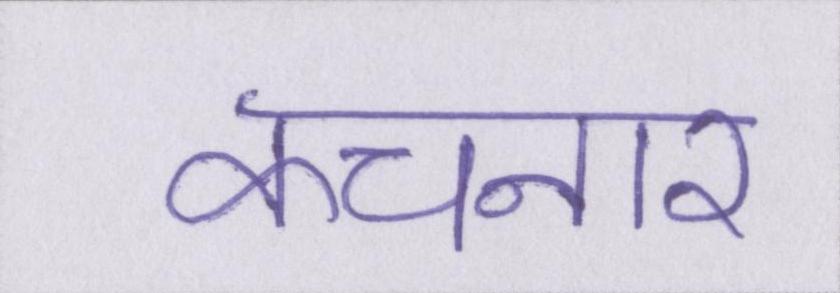
कचनार